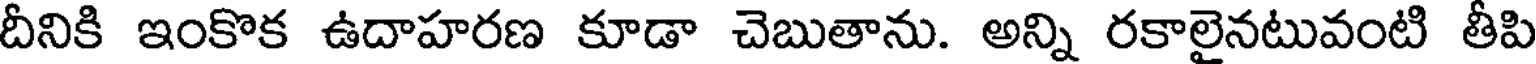
దీనికి ఇంకొక ఉదాహరణ కూడా చెబుతాను. అన్ని రకాలైనటువంటి తీపి